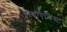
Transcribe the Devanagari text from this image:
बायोएथिस्ट